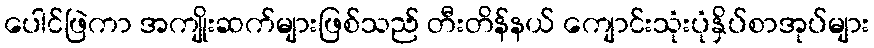
ပေါင်ဖြဲကာ အကျိုးဆက်များဖြစ်သည် တီးတိန်နယ် ကျောင်းသုံးပုံနှိပ်စာအုပ်များ